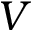
V